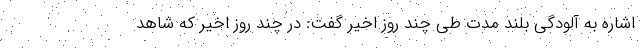
اشاره به آلودگی بلند مدت طی چند روز اخیر گفت: در چند روز اخیر که شاهد